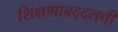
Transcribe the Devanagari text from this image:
शिक्षणाबद्दलची